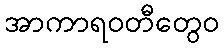
အာကာရဝတီတွေဝ